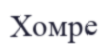
Хомре